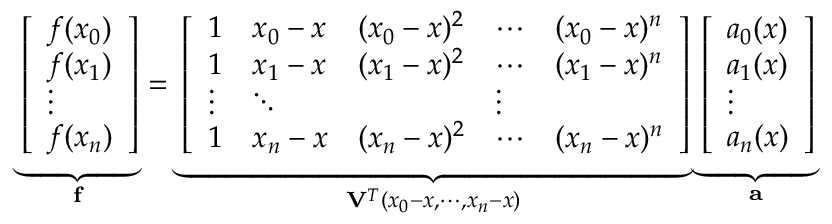
\underbrace { \left[ \begin{array} { l } { f ( x _ { 0 } ) } \\ { f ( x _ { 1 } ) } \\ { \vdots } \\ { f ( x _ { n } ) } \end{array} \right] } _ { \mathbf { f } } = \underbrace { \left[ \begin{array} { l l l l l } { 1 } & { x _ { 0 } - x } & { ( x _ { 0 } - x ) ^ { 2 } } & { \cdots } & { ( x _ { 0 } - x ) ^ { n } } \\ { 1 } & { x _ { 1 } - x } & { ( x _ { 1 } - x ) ^ { 2 } } & { \cdots } & { ( x _ { 1 } - x ) ^ { n } } \\ { \vdots } & { \ddots } & { } & { \vdots } \\ { 1 } & { x _ { n } - x } & { ( x _ { n } - x ) ^ { 2 } } & { \cdots } & { ( x _ { n } - x ) ^ { n } } \end{array} \right] } _ { \mathbf { V } ^ { T } ( x _ { 0 } - x , \cdots , x _ { n } - x ) } \underbrace { \left[ \begin{array} { l } { a _ { 0 } ( x ) } \\ { a _ { 1 } ( x ) } \\ { \vdots } \\ { a _ { n } ( x ) } \end{array} \right] } _ { \mathbf { a } }